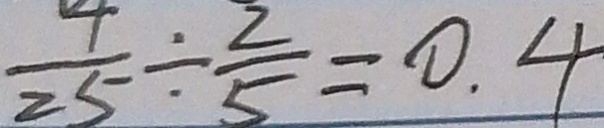
\frac { 4 } { 2 5 } \div \frac { 2 } { 5 } = 0 . 4